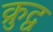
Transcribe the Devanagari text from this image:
क्रुद्व